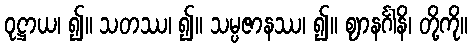
ဝုဋ္ဌာယ၊ ၍။ သတဿ၊ ၍။ သမ္ပဇာနဿ၊ ၍။ ဈာနင်္ဂါနိ၊ တို့ကို။